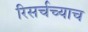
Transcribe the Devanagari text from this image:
रिसर्चच्याच